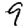
Digit: 9